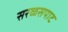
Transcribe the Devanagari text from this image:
सरळसपाट